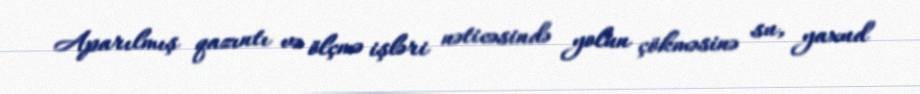
Aparılmış qazıntı və ölçmə işləri nəticəsində yolun çökməsinə su, yaxud